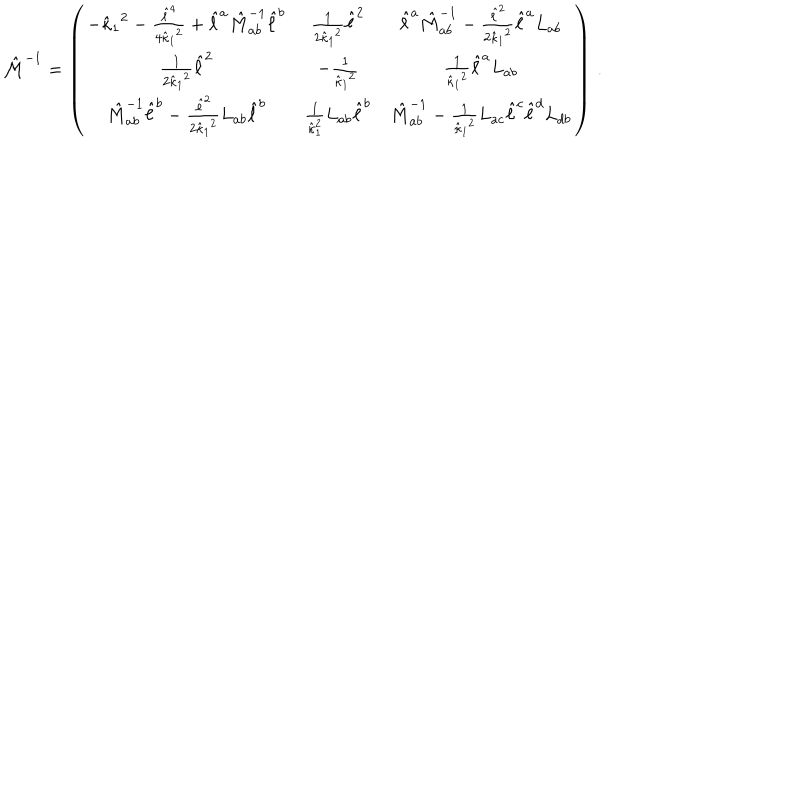
{ \hat { \cal M } } ^ { - 1 } = \left( \begin{array} { c c c } { { - { { \hat { \kappa } } _ { 1 } } ^ { 2 } - { \frac { { \hat { \ell } } ^ { 4 } } { 4 { { \hat { \kappa } } _ { 1 } } ^ { 2 } } } + { \hat { \ell } } ^ { a } { \hat { M } } _ { a b } ^ { - 1 } { \hat { \ell } } ^ { b } } } & { { { \frac { 1 } { 2 { { \hat { \kappa } } _ { 1 } } ^ { 2 } } } { \hat { \ell } } ^ { 2 } } } & { { { \hat { \ell } } ^ { a } { \hat { M } } _ { a b } ^ { - 1 } - { \frac { { \hat { \ell } } ^ { 2 } } { 2 { { \hat { \kappa } } _ { 1 } } ^ { 2 } } } { \hat { \ell } } ^ { a } { L } _ { a b } } } \\ { { { \frac { 1 } { 2 { { \hat { \kappa } } _ { 1 } } ^ { 2 } } } { \hat { \ell } } ^ { 2 } } } & { { - { \frac { 1 } { { { \hat { \kappa } } _ { 1 } } ^ { 2 } } } } } & { { { \frac { 1 } { { { \hat { \kappa } } _ { 1 } } ^ { 2 } } } { \hat { \ell } } ^ { a } { L } _ { a b } } } \\ { { { \hat { M } } _ { a b } ^ { - 1 } { \hat { \ell } } ^ { b } - { \frac { { \hat { \ell } } ^ { 2 } } { 2 { { \hat { \kappa } } _ { 1 } } ^ { 2 } } } { L } _ { a b } { \hat { \ell } } ^ { b } } } & { { { \frac { 1 } { { \hat { \kappa } } _ { 1 } ^ { 2 } } } { L } _ { a b } { \hat { \ell } } ^ { b } } } & { { { \hat { M } } _ { a b } ^ { - 1 } - { \frac { 1 } { { { \hat { \kappa } } _ { 1 } } ^ { 2 } } } { L } _ { a c } { \hat { \ell } } ^ { c } { \hat { \ell } } ^ { d } { L } _ { d b } } } \\ \end{array} \right) \, .